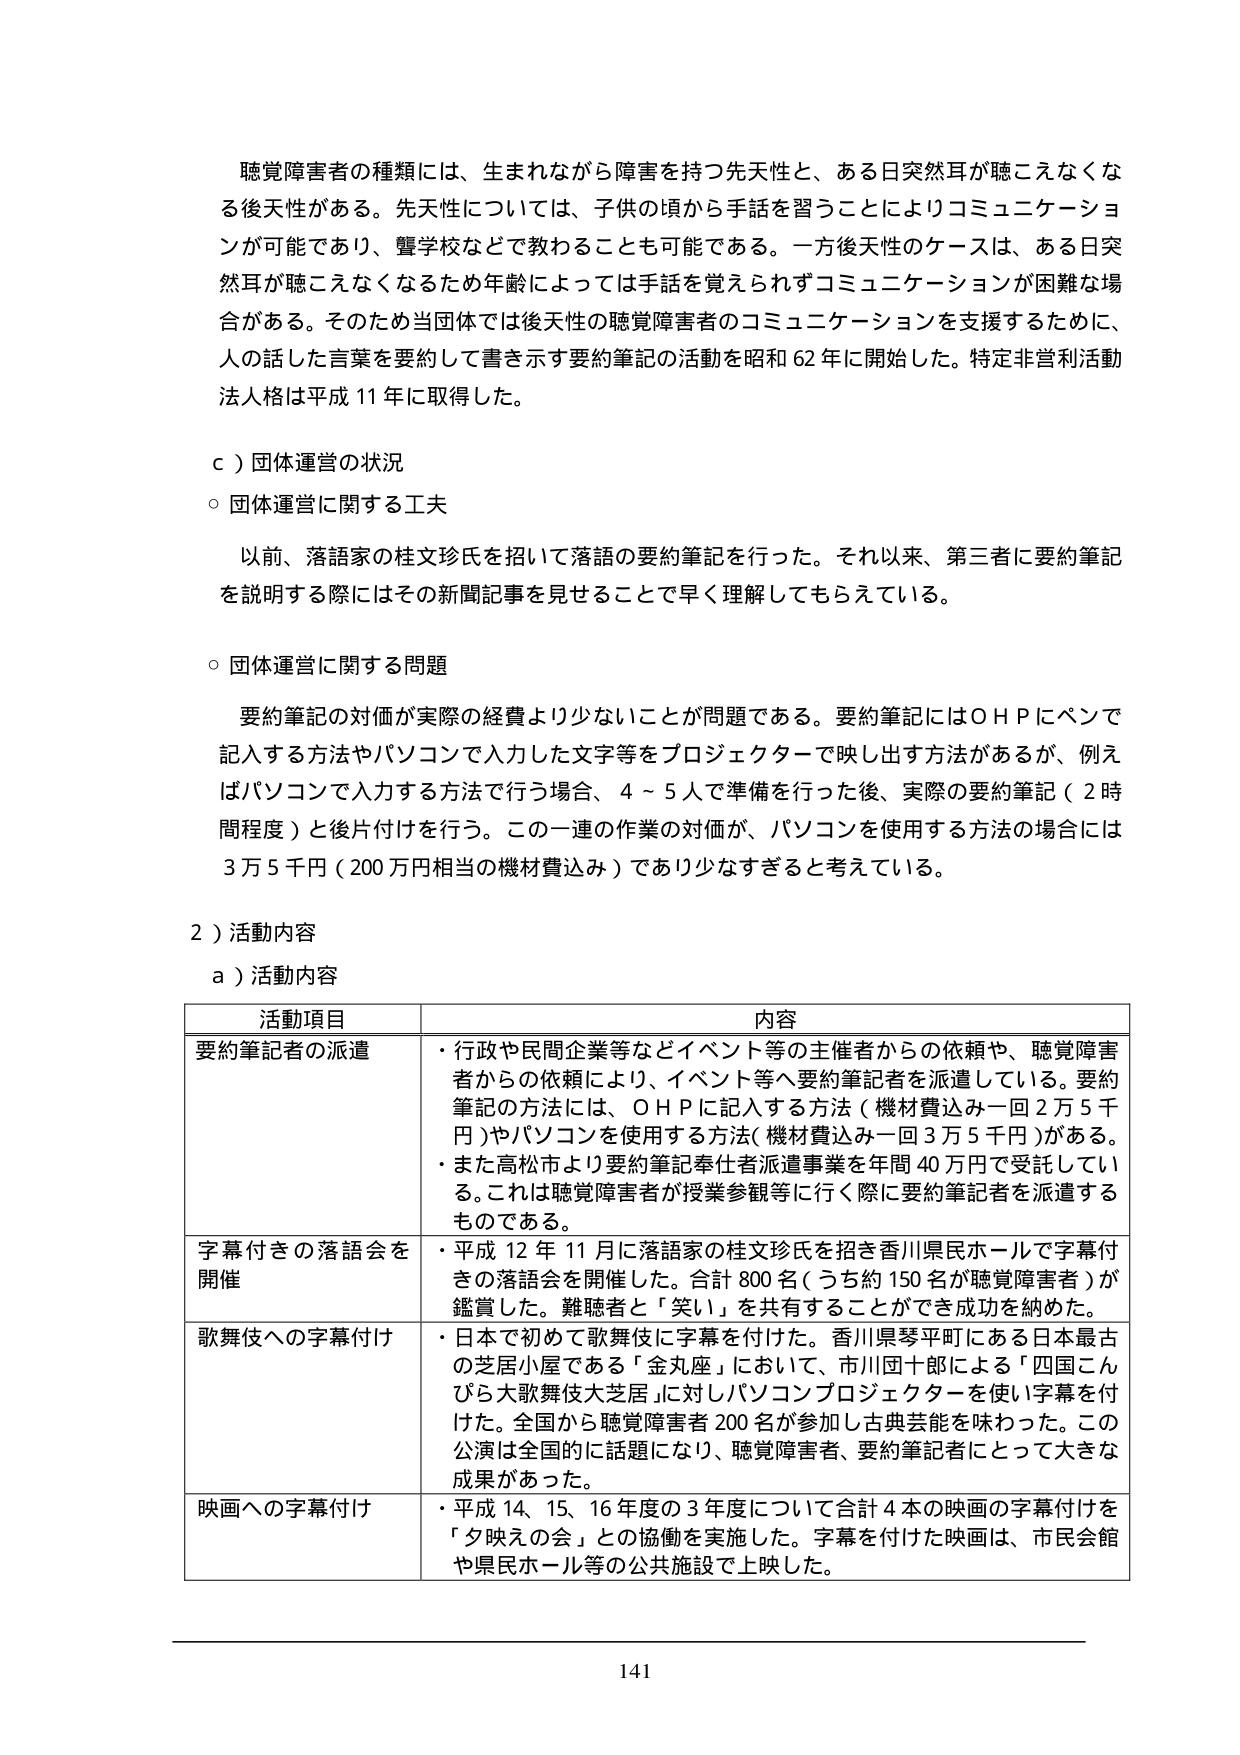
聴覚障害者の種類には、生まれながら障害を持つ先天性と、ある日突然耳が聴こえなくなる後天性がある。先天性については、子供の頃から手話を習うことによりコミュニケーションが可能であり、聾学校などで教わることも可能である。一方後天性のケースは、ある日突然耳が聴こえなくなるため年齢によっては手話を覚えられずコミュニケーションが困難な場合がある。そのため当団体では後天性の聴覚障害者のコミュニケーションを支援するために、人の話した言葉を要約して書き示す要約筆記の活動を昭和62年に開始した。特定非営利活動法人格は平成11年に取得した。

ｃ）団体運営の状況
○ 団体運営に関する工夫
　以前、落語家の桂文珍氏を招いて落語の要約筆記を行った。それ以来、第三者に要約筆記を説明する際にはその新聞記事を見せるることで早く理解してもらえている。

○ 団体運営に関する問題
　要約筆記の対価が実際の経費より少ないことが問題である。要約筆記にはＯＨＰにペンで記入する方法やパソコンで入力した文字等をプロジェクターで映し出す方法があるが、例えばパソコンで入力する方法で行う場合、4～5人で準備を行った後、実際の要約筆記（2時間程度）と後片付けを行う。この一連の作業の対価が、パソコンを使用する方法の場合には3万5千円（200万円相当の機材費込み）であり少なすぎると考えている。

２）活動内容
ａ）活動内容

活動項目